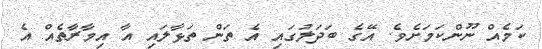
ކަމެއް ނޫންކަމަށެވެ. އޭގެ ބަދަލުގައި އެ ތަން ތަޅާލައި އާ އިމާރާތެއް އެ